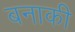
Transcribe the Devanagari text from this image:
बनाकी